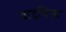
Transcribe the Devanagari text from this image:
वादविद्या